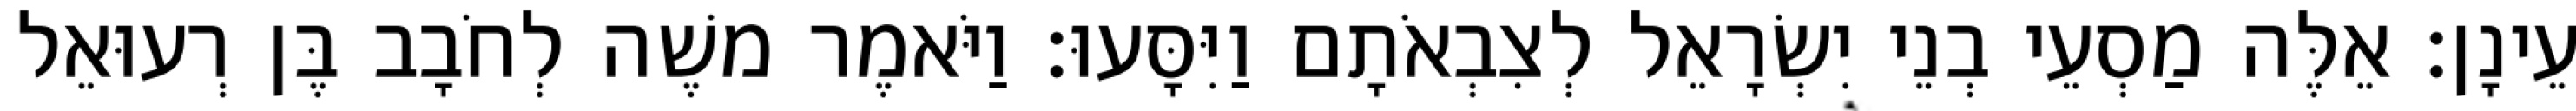
עֵינָן׃ אֵלֶּה מַסְעֵי בְנֵי יִשְׂרָאֵל לְצִבְאֹתָם וַיִּסָּעוּ׃ וַיֹּאמֶר משֶׁה לְחֹבָב בֶּן רְעוּאֵל